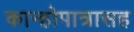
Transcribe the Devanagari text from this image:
कान्होपात्रासह